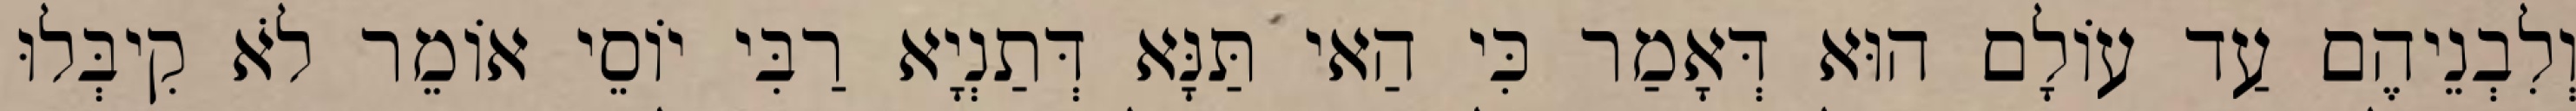
וְלִבְנֵיהֶם עַד עוֹלָם הוּא דְּאָמַר כִּי הַאי תַּנָּא דְּתַנְיָא רַבִּי יוֹסֵי אוֹמֵר לֹא קִיבְּלוּ